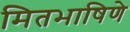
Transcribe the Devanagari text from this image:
मितभाषिणे